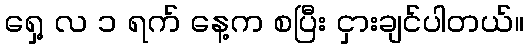
ရှေ့ လ ၁ ရက် နေ့က စပြီး ငှားချင်ပါတယ်။